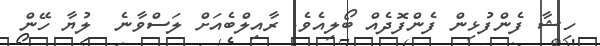
ހިޝާ ފެންފުޅިން ފެންފޮދެއް ބޯލިއެވެ. ރާއިލްބެއަށް ލަސްވާނެ  ލުޔާ ހޭން